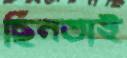
ছিনতাই